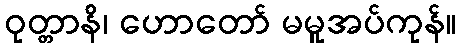
ဝုတ္တာနိ၊ ဟောတော် မမူအပ်ကုန်။